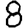
Digit: 8